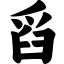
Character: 舀